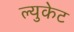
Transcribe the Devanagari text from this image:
ल्युकेट